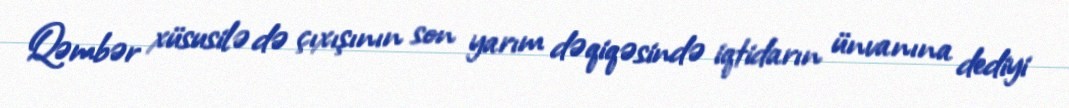
Qəmbər xüsusilə də çıxışının son yarım dəqiqəsində iqtidarın ünvanına dediyi